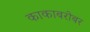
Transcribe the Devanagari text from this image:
काकाबरोबर